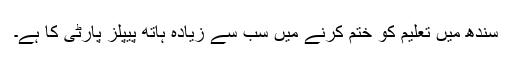
سندھ میں تعلیم کو ختم کرنے میں سب سے زیادہ ہاتھ پیپلز پارٹی کا ہے۔